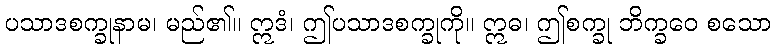
ပသာဒစက္ခုနာမ၊ မည်၏။ ဣဒံ၊ ဤပသာဒစက္ခုကို။ ဣဓ၊ ဤစက္ခု ဘိက္ခဝေ စသော